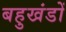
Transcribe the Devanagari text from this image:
बहुखंडों